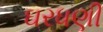
ઘરધણી